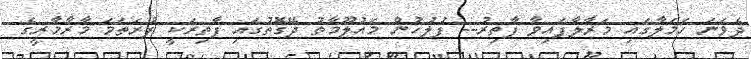
ދެވަނަ ހަމަލާގައި މަރާލާފައިވާ ފާތިރު-- ފުލުހުން މައުލޫމާތު ދޭގޮތުގައި ފާތިރަކީ ފުރަތަމަ މާރާމާރީގެ